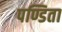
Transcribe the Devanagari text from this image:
पण्डिता